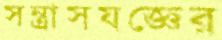
সন্ত্রাসযজ্ঞের